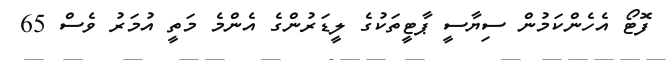
ފޮޓޯ އެހެންކަމުން ސިޔާސީ ޕާޓީތަކުގެ ލީޑަރުންގެ އެންމެ މަތީ އުމަރު ވެސް 65